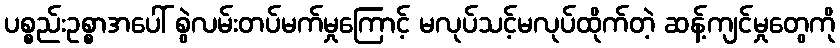
ပစ္စည်းဥစ္စာအပေါ် စွဲလမ်းတပ်မက်မှုကြောင့် မလုပ်သင့်မလုပ်ထိုက်တဲ့ ဆန့်ကျင်မှုတွေကို